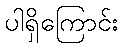
ပါရှိကြောင်း